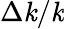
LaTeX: \Delta\mathit{k}/\mathit{k}